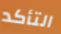
التأكد